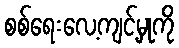
စစ်ရေးလေ့ကျင့်မှုကို